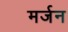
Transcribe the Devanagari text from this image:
मर्जन